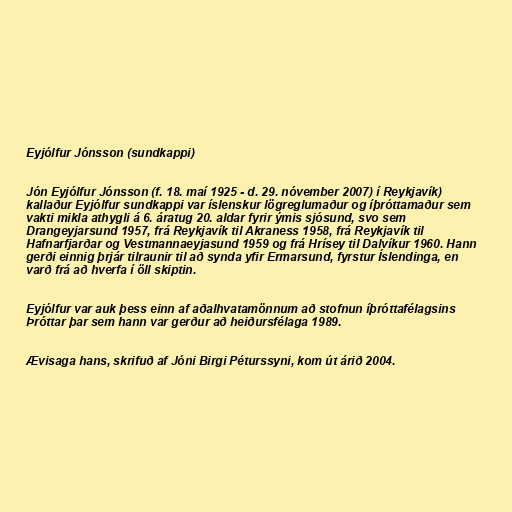
Eyjólfur Jónsson (sundkappi)

Jón Eyjólfur Jónsson (f. 18. maí 1925 - d. 29. nóvember 2007) í Reykjavík)
kallaður Eyjólfur sundkappi var íslenskur lögreglumaður og íþróttamaður sem
vakti mikla athygli á 6. áratug 20. aldar fyrir ýmis sjósund, svo sem
Drangeyjarsund 1957, frá Reykjavík til Akraness 1958, frá Reykjavík til
Hafnarfjarðar og Vestmannaeyjasund 1959 og frá Hrísey til Dalvíkur 1960. Hann
gerði einnig þrjár tilraunir til að synda yfir Ermarsund, fyrstur Íslendinga, en
varð frá að hverfa í öll skiptin.

Eyjólfur var auk þess einn af aðalhvatamönnum að stofnun íþróttafélagsins
Þróttar þar sem hann var gerður að heiðursfélaga 1989.

Ævisaga hans, skrifuð af Jóni Birgi Péturssyni, kom út árið 2004.